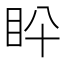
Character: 𥄖